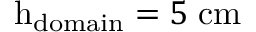
\mathrm { h } _ { \mathrm { d o m a i n } } = 5 \; \mathrm { c m }